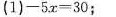
(1)-5x=30；